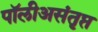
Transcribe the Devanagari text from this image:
पॉलीअसंतृप्त